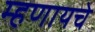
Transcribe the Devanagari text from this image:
म्‍हणायचे